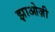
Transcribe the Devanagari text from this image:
झाओज़ी